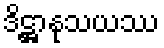
ဒိဋ္ဌာနုသယဿ